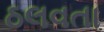
ઠલવતા